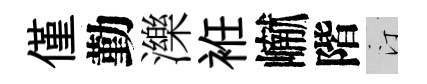
僅勤濼袵𪩘階汀